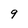
Character: 9